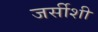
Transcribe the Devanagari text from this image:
जर्सीशी